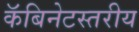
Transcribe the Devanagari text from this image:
कॅबिनेटस्तरीय